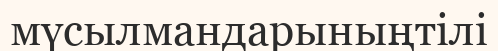
мүсылмандарыныңтілі